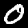
Digit: 0